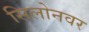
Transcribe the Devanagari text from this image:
सिलोनवर